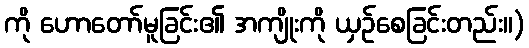
ကို ဟောတော်မူခြင်း၏ အကျိုးကို ယှဉ်စေခြင်းတည်း။)